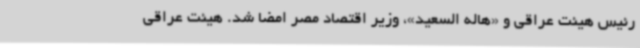
رئیس هیئت عراقی و «هاله السعید»، وزیر اقتصاد مصر امضا شد. هیئت عراقی